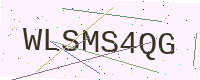
Text: WLSMS4QG